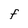
Character: F